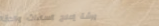
ورشة إصلاح الساعات والدقا